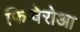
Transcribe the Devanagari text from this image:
फिग्वेरोआ